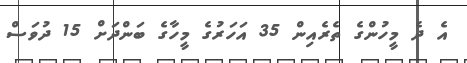
އެ ދެ މީހުންގެ ތެރެއިން 35 އަހަރުގެ މީހާގެ ބަންދަށް 15 ދުވަސް